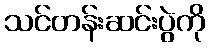
သင်တန်းဆင်းပွဲကို